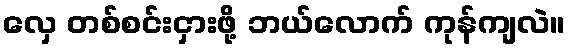
လှေ တစ်စင်းငှားဖို့ ဘယ်လောက် ကုန်ကျလဲ။